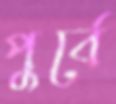
পুর্বে